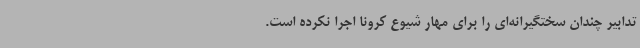
تدابیر چندان سختگیرانه‌ای را برای مهار شیوع کرونا اجرا نکرده است.